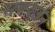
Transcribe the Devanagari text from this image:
सबवर्जन